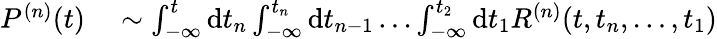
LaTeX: \begin{array}{r}{\begin{array}{rl}{P^{(n)}(t)}&{{}\sim\int_{-\infty}^{t}\mathrm{d}t_{n}\int_{-\infty}^{t_{n}}\mathrm{d}t_{n-1}\dots\int_{-\infty}^{t_{2}}\mathrm{d}t_{1}R^{(n)}(t,t_{n},\dots,t_{1})}\end{array}}\end{array}